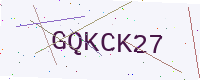
Text: GQKCK27